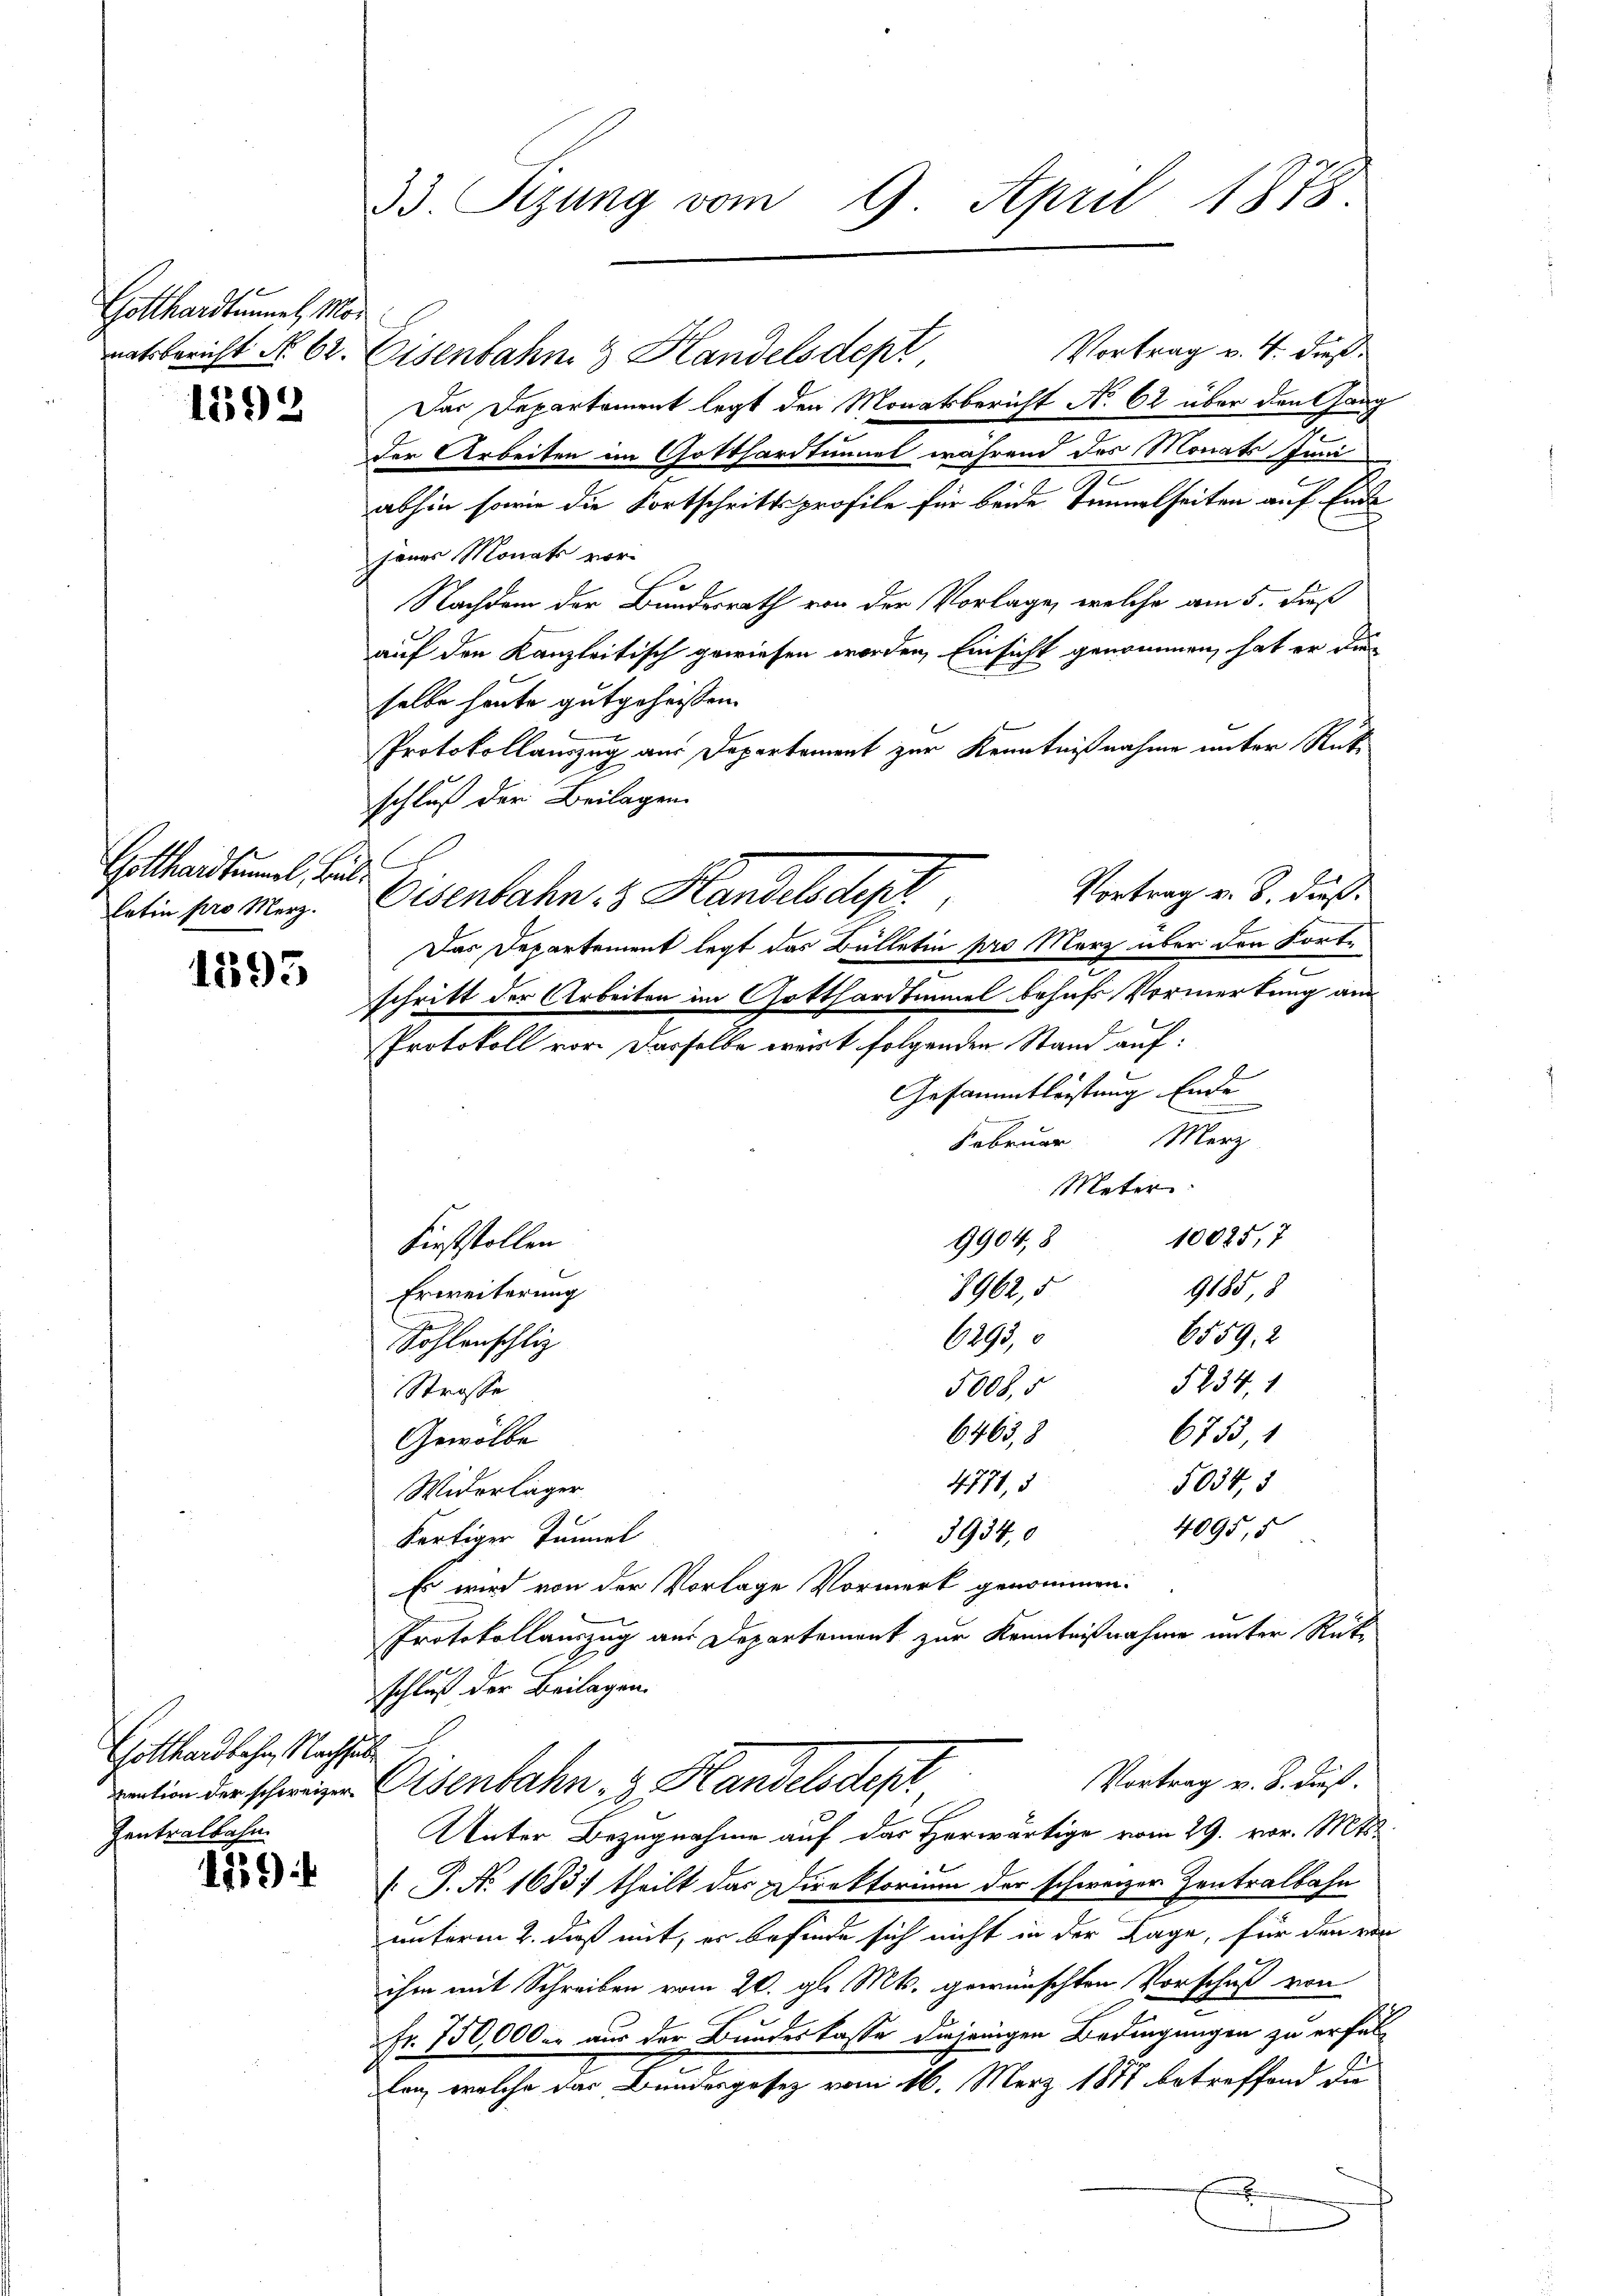
Gotthardtunnen Mor
natsbericht No. 62.

1598

Gotthardtummel, Bub
Latin pro Merz.

1595

Gotthardbahn, Nachhalte
Zentralbahn.

119

33. Rezung vom 9. April 1878.

Eisenbahn 3 Handelsdept
Der Departement legt den Monatsbericht No. 62 über den Gang
der Arbeiten im Gotthardtunnel während des Monats Juni
abhin sowie die Fortschrittsprofile für beide Tunnelseiten auf Eine
jenes Monats vor-
Nachdem der Bundesrath von der Vorlage, welche am 5. dieß
auf den Kanzleitisch gewiesen worden, Einsicht genommen, hat er die
selbe heute gutgeheißen.
Protokollauszug aus Departement zur Kenntnißnahme unter Rüt
schluß der Beilagen.
C
Eisenbahn 3 Handelsdept
Das Departement legt das Bülletin pro Merz über den Forte
schritt der Arbeiten im Gotthardtmmel behufs Vormerkung am
Protokoll vor. Dasselbe wert folgenden Stand auf:
Gesammtleistung Ende
Februar Merz
Meter
10025, 7
9904, 8
Firststollen
9185, 8
8962,5
Erweiterung
6559. 2
6293,
Sohlenschlip
5234, 1
5008,5
Strasse
6755 1
6463,8
Gewölbe
5034, 5
4771, 3
Widerlager
4095, 5
3934,0
Fertiger Tunnel
Es wird von der Vorlage Vormerk genommen.
Protokollauszug aus Departement zur Kenntnißnahme unter Rückschluß der Beilagen.
Vortrag v. 8. dieß.
ration der schweizen Osenbahn- & Handels depr
Unter Bezugnahme auf das Herwärtige vom 29. vor. Mts.
 P. Nr. 1683) theilt das Direktorium der schweizer Zentralbahn
unterm 2. daß mit, er befinde sich nicht in der Lage, für den von
ihm mit Schreiben vom 20. gl. Mts. gewünschten Vorschuß von
Fr. 150,000. aus der Bundeskasse diejenigen Bedingungen zu erfal
en, welche das Bundesgesez vom 16. März 1877 betreffend die
f

Vortrag v. 4. dieß

Vortrag v. 8. dieß.